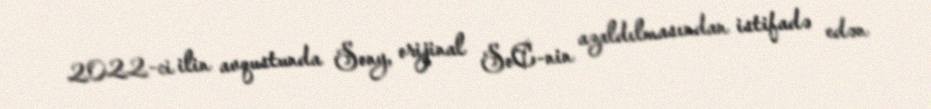
2022-ci ilin avqustunda Sony, orijinal SoC-nin azaldılmasından istifadə edən